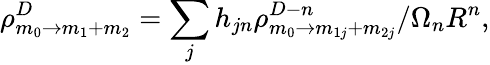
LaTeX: \rho_{m_{0}\rightarrow m_{1}+m_{2}}^{D}=\sum_{j}h_{jn}\rho_{m_{0}\rightarrow m_{1j}+m_{2j}}^{D-n}/\Omega_{n}R^{n},